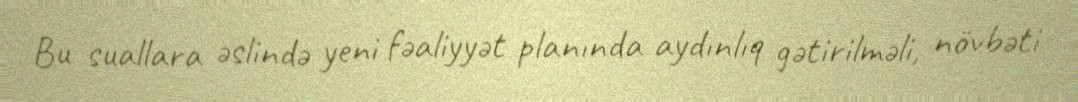
Bu suallara əslində yeni fəaliyyət planında aydınlıq gətirilməli, növbəti